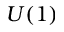
U ( 1 )